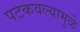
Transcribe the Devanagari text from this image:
पटकवल्यामुळे